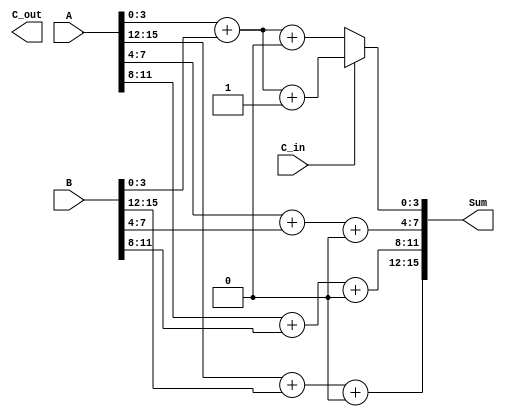
module CarrySelectAdder #(parameter n = 16, parameter k = 4) (
    input [n-1:0] A,
    input [n-1:0] B,
    input C_in,
    output [n-1:0] Sum,
    output C_out
);
    
    localparam num_segments = n / k;

    wire [k-1:0] Sum0 [0:num_segments-1];
    wire [k-1:0] Sum1 [0:num_segments-1];
    wire C_out0 [0:num_segments-1];
    wire C_out1 [0:num_segments-1];
    wire C_in_segment [0:num_segments-1];

    // Generate carry select blocks for each segment
    genvar i;
    generate
        for (i = 0; i < num_segments; i = i + 1) begin : adder_segment
            wire [k-1:0] A_segment = A[(i*k) +: k];
            wire [k-1:0] B_segment = B[(i*k) +: k];

            // Adders for C_in = 0
            assign {C_out0[i], Sum0[i]} = A_segment + B_segment + 1'b0;

            // Adders for C_in = 1
            assign {C_out1[i], Sum1[i]} = A_segment + B_segment + 1'b1;
        end
    endgenerate

    // MUX for selecting the sum and carry out for each segment
    assign C_in_segment[0] = C_in;
    
    generate
        for (i = 0; i < num_segments; i = i + 1) begin : mux_selection
            if (i == 0) begin
                // For the first segment, use the initial carry-in
                assign Sum[(i*k) +: k] = (C_in_segment[i] ? Sum1[i] : Sum0[i]);
                assign C_out_segment[i] = (C_in_segment[i] ? C_out1[i] : C_out0[i]);
            end else begin
                // For subsequent segments, use the carry out from the previous segment
                assign C_in_segment[i] = C_out_segment[i-1];
                assign Sum[(i*k) +: k] = (C_in_segment[i] ? Sum1[i] : Sum0[i]);
                assign C_out_segment[i] = (C_in_segment[i] ? C_out1[i] : C_out0[i]);
            end
        end
    endgenerate

    // Final carry out
    assign C_out = C_out_segment[num_segments-1];

endmodule